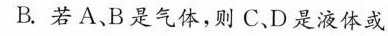
B.若A、B是气体，则C、D是液体或